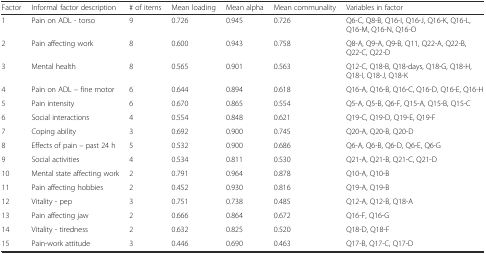
<table><thead><tr><td><b>Factor</b></td><td><b>Informal factor description</b></td><td><b># of items</b></td><td><b>Mean loading</b></td><td><b>Mean alpha</b></td><td><b>Mean communality</b></td><td><b>Variables in factor</b></td></tr></thead><tbody><tr><td>1</td><td>Pain on ADL - torso</td><td>9</td><td>0.726</td><td>0.945</td><td>0.726</td><td>Q6-C, Q8-B, Q16-I, Q16-J, Q16-K, Q16-L, Q16-M, Q16-N, Q16-O</td></tr><tr><td>2</td><td>Pain affecting work</td><td>8</td><td>0.600</td><td>0.943</td><td>0.758</td><td>Q8-A, Q9-A, Q9-B, Q11, Q22-A, Q22-B, Q22-C, Q22-D</td></tr><tr><td>3</td><td>Mental health</td><td>8</td><td>0.565</td><td>0.901</td><td>0.563</td><td>Q12-C, Q18-B, Q18-days, Q18-G, Q18-H, Q18-I, Q18-J, Q18-K</td></tr><tr><td>4</td><td>Pain on ADL – fine motor</td><td>6</td><td>0.644</td><td>0.894</td><td>0.618</td><td>Q16-A, Q16-B, Q16-C, Q16-D, Q16-E, Q16-H</td></tr><tr><td>5</td><td>Pain intensity</td><td>6</td><td>0.670</td><td>0.865</td><td>0.554</td><td>Q5-A, Q5-B, Q6-F, Q15-A, Q15-B, Q15-C</td></tr><tr><td>6</td><td>Social interactions</td><td>4</td><td>0.554</td><td>0.848</td><td>0.621</td><td>Q19-C, Q19-D, Q19-E, Q19-F</td></tr><tr><td>7</td><td>Coping ability</td><td>3</td><td>0.692</td><td>0.900</td><td>0.745</td><td>Q20-A, Q20-B, Q20-D</td></tr><tr><td>8</td><td>Effects of pain – past 24 h</td><td>5</td><td>0.532</td><td>0.900</td><td>0.686</td><td>Q6-A, Q6-B, Q6-D, Q6-E, Q6-G</td></tr><tr><td>9</td><td>Social activities</td><td>4</td><td>0.534</td><td>0.811</td><td>0.530</td><td>Q21-A, Q21-B, Q21-C, Q21-D</td></tr><tr><td>10</td><td>Mental state affecting work</td><td>2</td><td>0.791</td><td>0.964</td><td>0.878</td><td>Q10-A, Q10-B</td></tr><tr><td>11</td><td>Pain affecting hobbies</td><td>2</td><td>0.452</td><td>0.930</td><td>0.816</td><td>Q19-A, Q19-B</td></tr><tr><td>12</td><td>Vitality - pep</td><td>3</td><td>0.751</td><td>0.738</td><td>0.485</td><td>Q12-A, Q12-B, Q18-A</td></tr><tr><td>13</td><td>Pain affecting jaw</td><td>2</td><td>0.666</td><td>0.864</td><td>0.672</td><td>Q16-F, Q16-G</td></tr><tr><td>14</td><td>Vitality - tiredness</td><td>2</td><td>0.632</td><td>0.825</td><td>0.520</td><td>Q18-D, Q18-F</td></tr><tr><td>15</td><td>Pain-work attitude</td><td>3</td><td>0.446</td><td>0.690</td><td>0.463</td><td>Q17-B, Q17-C, Q17-D</td></tr></tbody></table>